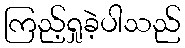
ကြည့်ရှုခဲ့ပါသည်